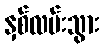
နှစ်လမ်းသွား